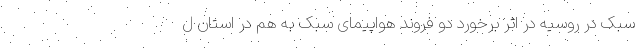
سبک در روسیه در اثر برخورد دو فروند هواپیمای سبک به هم در استان ل